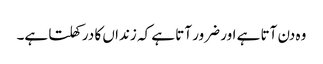
وہ دن آتا ہے اور ضرور آتا ہے کہ زنداں کا در کھلتا ہے۔